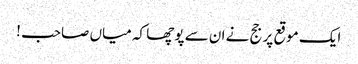
ایک موقع پر جج نے ان سے پوچھا کہ میاں صاحب !